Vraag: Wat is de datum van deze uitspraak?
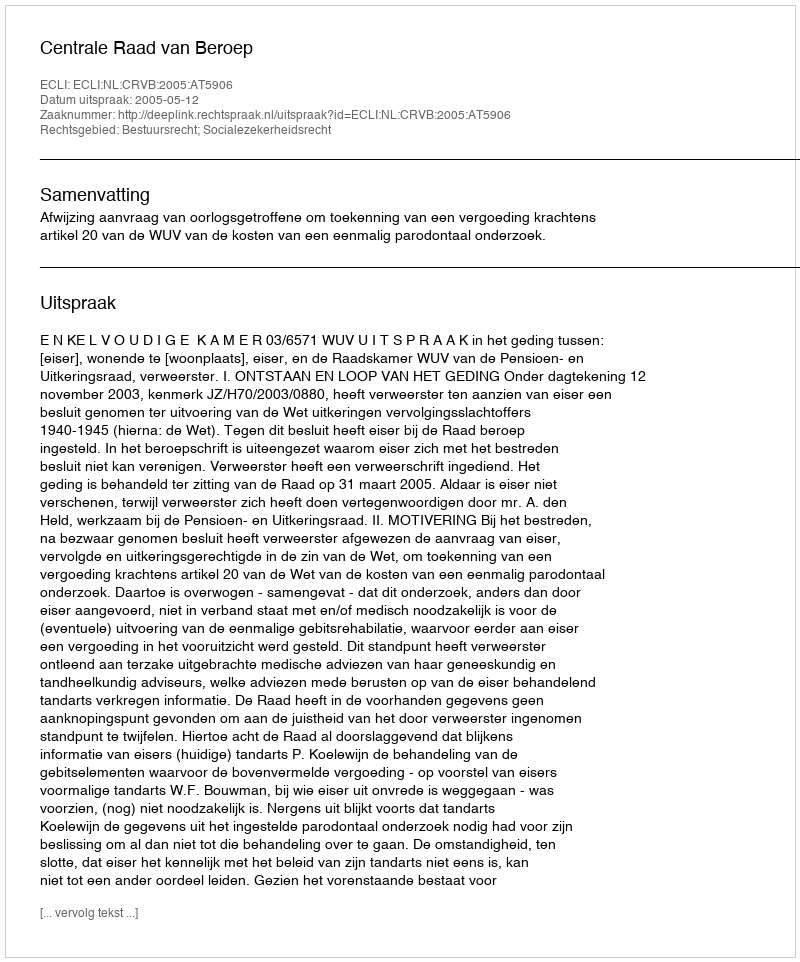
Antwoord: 2005-05-12